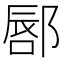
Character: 𫑥